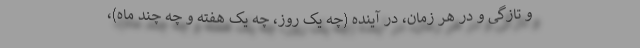
و تازگی و در هر زمان، در آینده (چه یک روز، چه یک هفته و چه چند ماه)،